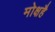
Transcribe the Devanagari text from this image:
मोक्षहै